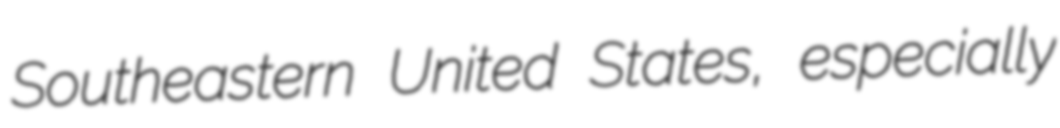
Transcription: Southeastern United States, especially